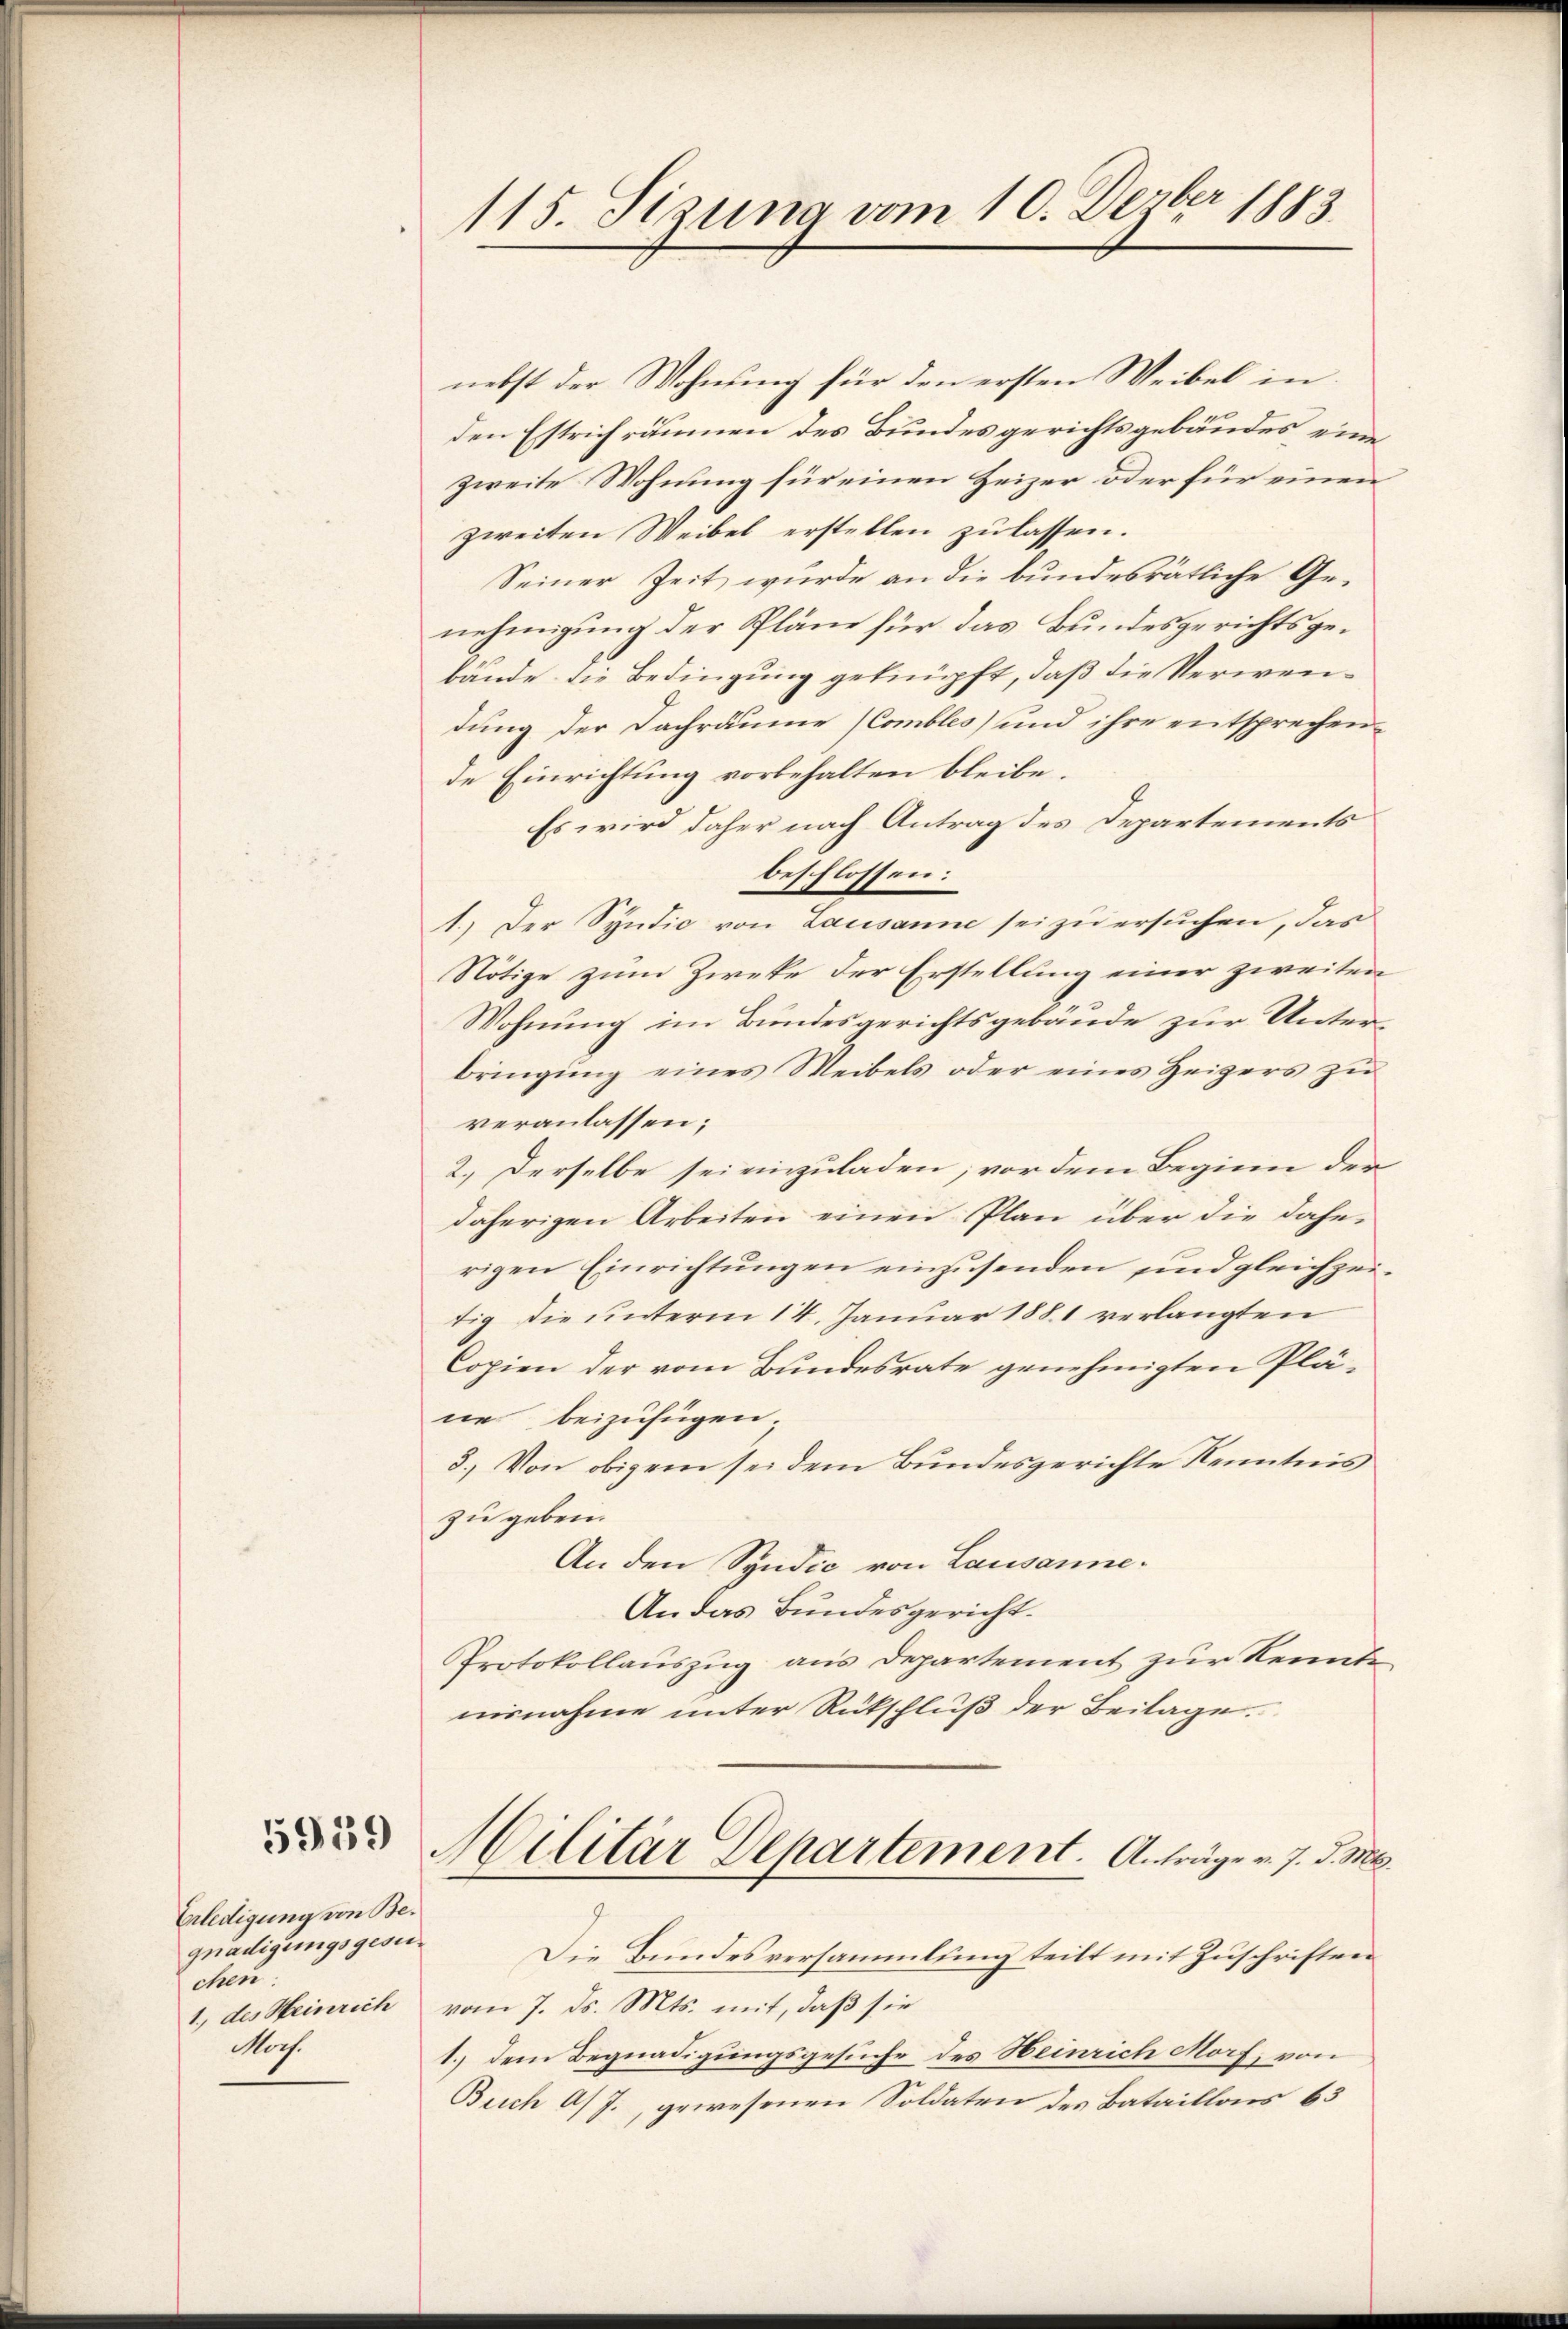
5959

Erledigung von Begnadigungsgesuchen.
1., des Heinrich
Mah.

115. Sizung vom 10. Dezbr 1883

nebst der Wohnung für den ersten Weibel in
den Estrich räumen des Bundesgerichtsgebäudes eine
zweite Wohnung für einen Heizer oder für einen
zweiten Weibel erstellen zu lassen.
Seiner Zeit wurde an die bundesrätliche Genehmigung der Pläne für das Bundesgerichtsgebände die Bedingung geknüpft, daß die Verwendung der Dachräume (Combles) und ihre entsprechende Einrichtung vorbehalten bleibe.
Es wird daher nach Antrag des Departements
beschlossen:
1.) Der Syndic von Lausanne sei zu ersuchen, das
Nötige zum Zweke der Erstellung einer zweiten
Wohnung im Bundesgerichtsgebäude zur Unterbringung eines Weibels oder eines Heigers zu
veranlassen;
2.) Derselbe sei einzuladen; vor dem Beginn der
daherigen Arbeiten einen Plan über die dahe
rigen Einrichtŭngen einzusenden und gleichze
tig die unterm 14. Januar 1881 verlangten
Copien der vom Bundesrate genehmigten Pläne beizufügen;
8.) Von obigem sei dem Bundesgerichte Kenntnis
zu geben.
An den Syndic von Lausanne.
An das Bundesgericht.
Protokollauszug aus Departement zur Kennt
nisnahme unter Rückschluß der Beilage.
Militär Departement. Anträge v. 7. d. M.
Die Bundesversammlung teilt mit Zuschriften
vom 7. ds. Mts. mit, daß sie
1.) dem Begnadigungsgesuche des Heinrich Morf, von
Brich As J., gewesenen Soldaten des Bataillons 63